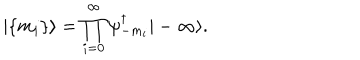
| \{ m _ { i } \} \rangle = \prod _ { i = 0 } ^ { \infty } \psi _ { - m _ { i } } ^ { \dagger } | - \infty \rangle .